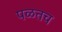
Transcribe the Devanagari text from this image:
पळतच